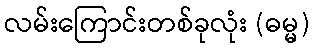
လမ်းကြောင်းတစ်ခုလုံး (ဓမ္မ)